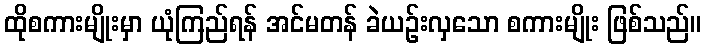
ထိုစကားမျိုးမှာ ယုံကြည်ရန် အင်မတန် ခဲယဉ်းလှသော စကားမျိုး ဖြစ်သည်။